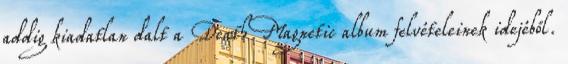
addig kiadatlan dalt a Death Magnetic album felvételeinek idejéből.